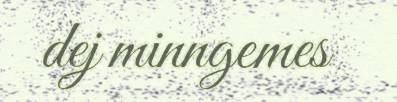
dej minngemes